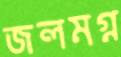
জলমগ্ন